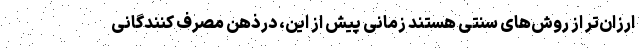
ارزان‌تر از روش‌های سنتی هستند زمانی پیش از این، درذهن مصرف کنندگانی